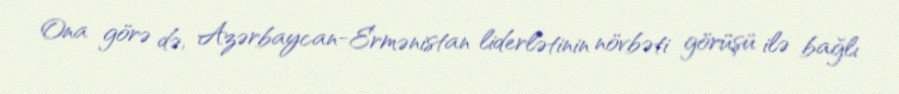
Ona görə də, Azərbaycan-Ermənistan liderlətinin növbəti görüşü ilə bağlı